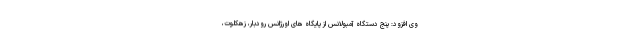
وی افزود: پنج دستگاه آمبولانس از پایگاه های اورژانس رودبار، زهکلوت،